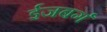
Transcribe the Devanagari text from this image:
ईजबर्ग